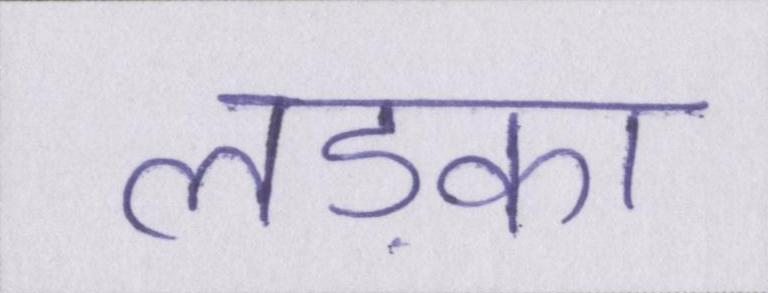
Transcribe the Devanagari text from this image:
लड़्का